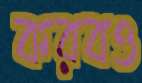
করবও